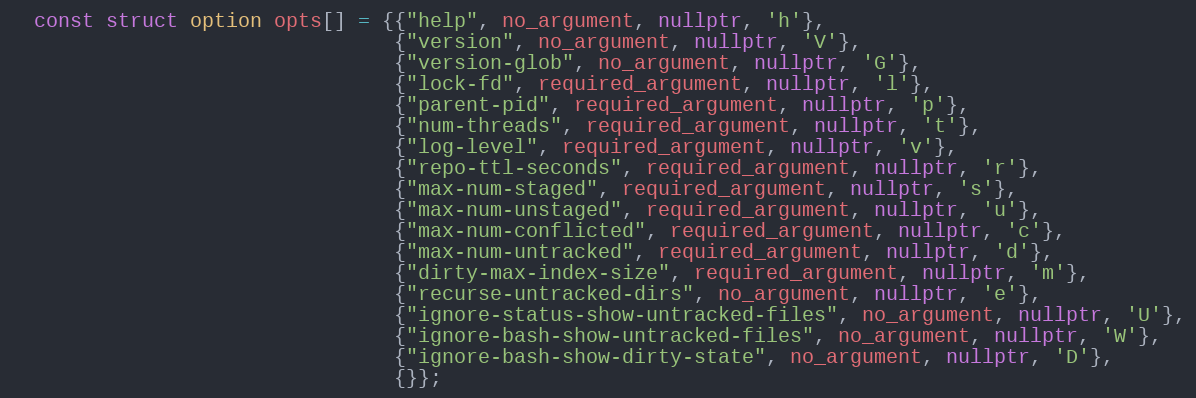
Language: C++
  const struct option opts[] = {{"help", no_argument, nullptr, 'h'},
                                {"version", no_argument, nullptr, 'V'},
                                {"version-glob", no_argument, nullptr, 'G'},
                                {"lock-fd", required_argument, nullptr, 'l'},
                                {"parent-pid", required_argument, nullptr, 'p'},
                                {"num-threads", required_argument, nullptr, 't'},
                                {"log-level", required_argument, nullptr, 'v'},
                                {"repo-ttl-seconds", required_argument, nullptr, 'r'},
                                {"max-num-staged", required_argument, nullptr, 's'},
                                {"max-num-unstaged", required_argument, nullptr, 'u'},
                                {"max-num-conflicted", required_argument, nullptr, 'c'},
                                {"max-num-untracked", required_argument, nullptr, 'd'},
                                {"dirty-max-index-size", required_argument, nullptr, 'm'},
                                {"recurse-untracked-dirs", no_argument, nullptr, 'e'},
                                {"ignore-status-show-untracked-files", no_argument, nullptr, 'U'},
                                {"ignore-bash-show-untracked-files", no_argument, nullptr, 'W'},
                                {"ignore-bash-show-dirty-state", no_argument, nullptr, 'D'},
                                {}};